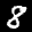
Label: 8